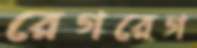
রেগরেগ